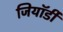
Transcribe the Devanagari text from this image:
जियॉर्डी